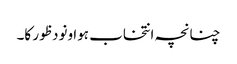
چنانچہ انتخاب ہوا ونود ظور کا۔